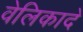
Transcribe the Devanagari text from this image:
वेलिकादे